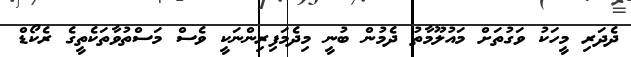
ދެދަރި މީހަކު ވަގުތަށް މައުލޫމާތު ދެމުން ބުނީ މިދެމަފިރިންނަކީ ވެސް މަސްތުވާތަކެތީގެ ރެކޯޑް